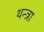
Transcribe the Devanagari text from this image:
थन्त्रा